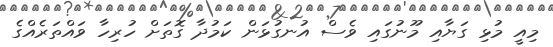
މިއީ މުޅި ގަޔާއި މޫނުގައި ވެސް އުނގުޅަން ކަމުދާ ގޮތަށް ހުރިހާ ވައްތަރެއްގެ